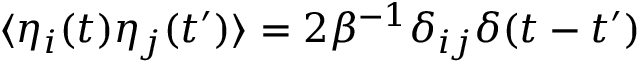
\langle \eta _ { i } ( t ) \eta _ { j } ( t ^ { \prime } ) \rangle = 2 \beta ^ { - 1 } \delta _ { i j } \delta ( t - t ^ { \prime } )